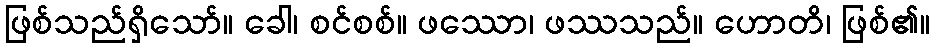
ဖြစ်သည်ရှိသော်။ ခေါ၊ စင်စစ်။ ဖဿော၊ ဖဿသည်။ ဟောတိ၊ ဖြစ်၏။